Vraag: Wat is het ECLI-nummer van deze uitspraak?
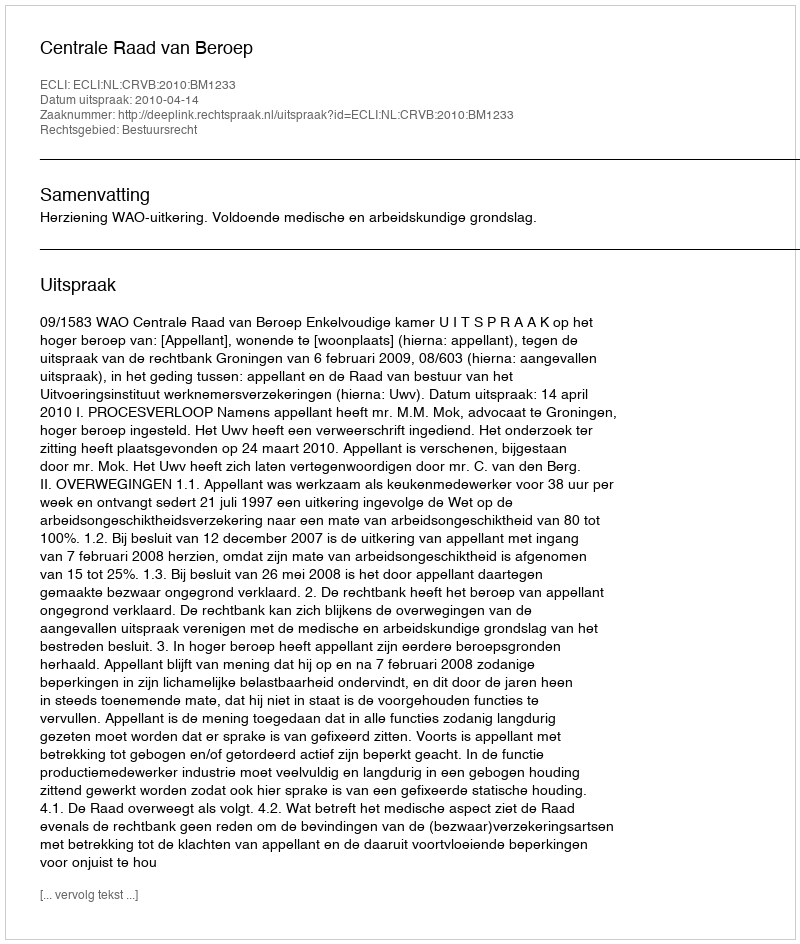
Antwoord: ECLI:NL:CRVB:2010:BM1233